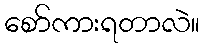
စော်ကားရတာလဲ။